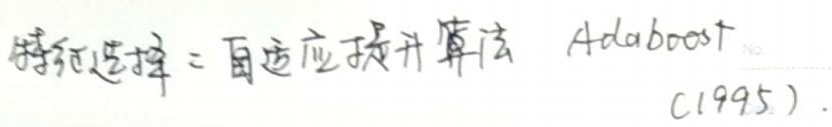
特征选择 = 自适应提升算法 Adaboost(1995)